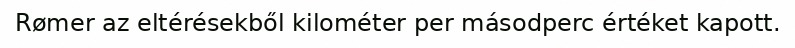
Rømer az eltérésekből kilométer per másodperc értéket kapott.